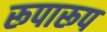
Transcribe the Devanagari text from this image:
रूपारूप